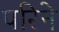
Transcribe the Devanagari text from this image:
परिने